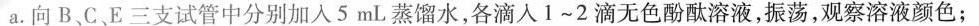
a.向B、C、E三支试管中分别加入5mL蒸馏水，各滴入1~2滴无色酚酞溶液，振荡，观察溶液颜色；